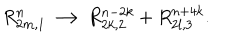
R _ { 2 m , 1 } ^ { n } \longrightarrow R _ { 2 k , 2 } ^ { n - 2 k } + R _ { 2 l , 3 } ^ { n + 4 k } .